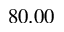
8 0 . 0 0